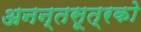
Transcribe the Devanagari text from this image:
अनन्तसूत्रको